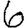
Digit: 6